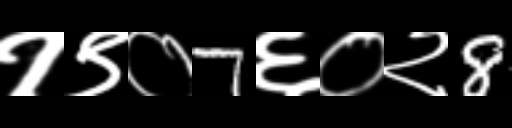
Text: १९०7६०२8